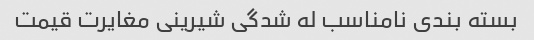
بسته بندی نامناسب له شدگی شیرینی مغایرت قیمت